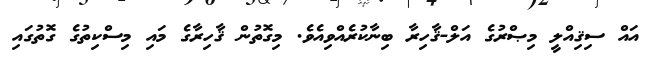
އައް ސިޤިއްލީ މިޞްރުގެ އަލް-ޤާހިރާ ބިނާކުރެއްވިއެވެ. މިގޮތުން ޤާހިރާގެ މައި މިސްކިތުގެ ގޮތުގައި